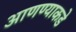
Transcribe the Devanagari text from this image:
आणण्याकडे